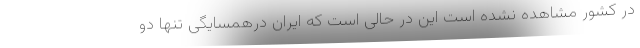
در کشور مشاهده نشده است این در حالی است که ایران درهمسایگی تنها دو